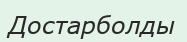
Достарболды